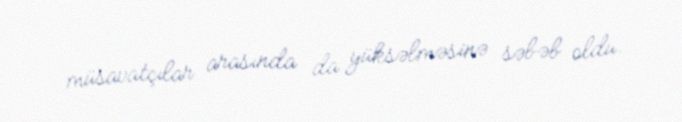
müsavatçılar arasında da yüksəlməsinə səbəb oldu.